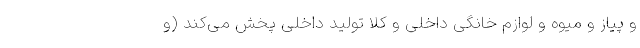
و پیاز و میوه و لوازم خانگی داخلی و کلاً تولید داخلی پخش می‌کند (و